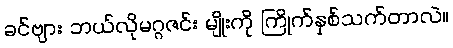
ခင်ဗျား ဘယ်လိုမဂ္ဂဇင်း မျိုးကို ကြိုက်နှစ်သက်တာလဲ။